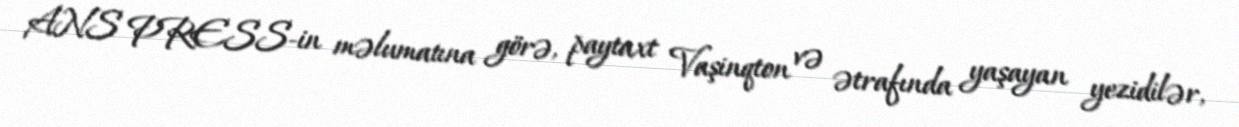
ANS PRESS-in məlumatına görə, paytaxt Vaşinqton və ətrafında yaşayan yezidilər,